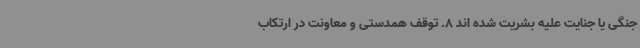
جنگی یا جنایت علیه بشریت شده اند 8. توقف همدستی و معاونت در ارتکاب